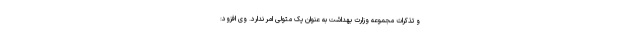
و تذکرات مجموعه وزارت بهداشت به عنوان یک متولی امر ندارد. وی افزود: